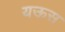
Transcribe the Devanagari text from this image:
यऊस